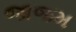
જાજમ